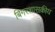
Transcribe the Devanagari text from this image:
बिगरशासकीय